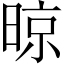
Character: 晾